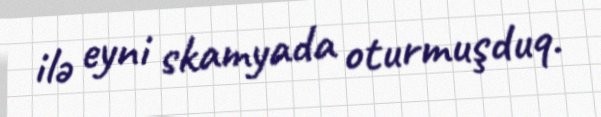
ilə eyni skamyada oturmuşduq.